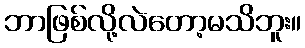
ဘာဖြစ်လို့လဲတော့မသိဘူး။